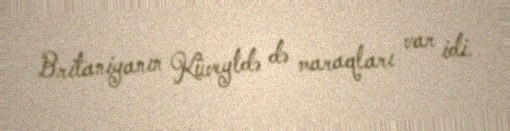
Britaniyanın Küveytdə də maraqları var idi.